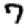
Digit: 7